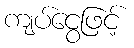
ကျပ်ငွေဖြင့်